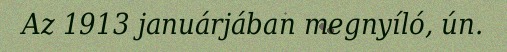
Az 1913 januárjában megnyíló, ún.